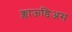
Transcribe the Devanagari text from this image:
क्लाऊडिअस